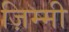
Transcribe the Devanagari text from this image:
ज़िम्मी